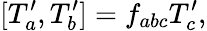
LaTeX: \lbrack T_{a}^{\prime},T_{b}^{\prime}]=f_{abc}T_{c}^{\prime},